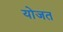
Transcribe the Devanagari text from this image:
योजत